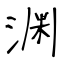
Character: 渊